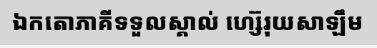
ឯកតោភាគីទទួលស្គាល់ ហ្ស៊េរុយសាឡឹម